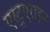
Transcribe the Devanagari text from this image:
एस्टूएराइन